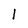
Character: 1